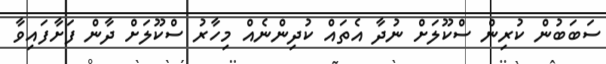
ސަބަބުން ކުރިން ސްކޫލަށް ނުދާ އެތައް ކުދިންނެއް މިހާރު ސްކޫލަށް ދާން ފަށާފައިވާ